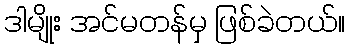
ဒါမျိုး အင်မတန်မှ ဖြစ်ခဲတယ်။